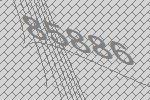
85886